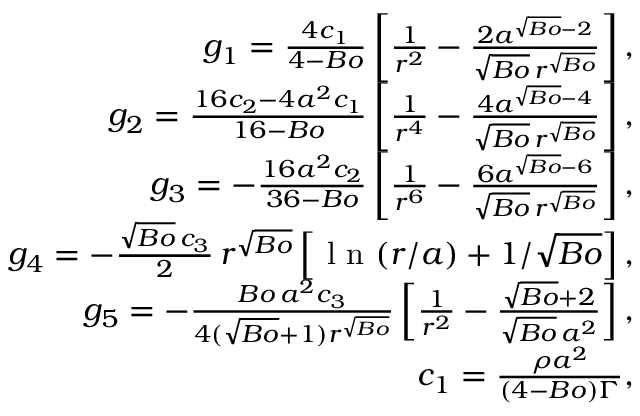
\begin{array} { r } { g _ { 1 } = \frac { 4 c _ { 1 } } { 4 - B o } \left[ \frac { 1 } { r ^ { 2 } } - \frac { 2 a ^ { \sqrt { B o } - 2 } } { \sqrt { B o } \, r ^ { \sqrt { B o } } } \right] , } \\ { g _ { 2 } = \frac { 1 6 c _ { 2 } - 4 a ^ { 2 } c _ { 1 } } { 1 6 - B o } \left[ \frac { 1 } { r ^ { 4 } } - \frac { 4 a ^ { \sqrt { B o } - 4 } } { \sqrt { B o } \, r ^ { \sqrt { B o } } } \right] , } \\ { g _ { 3 } = - \frac { 1 6 a ^ { 2 } c _ { 2 } } { 3 6 - B o } \left[ \frac { 1 } { r ^ { 6 } } - \frac { 6 a ^ { \sqrt { B o } - 6 } } { \sqrt { B o } \, r ^ { \sqrt { B o } } } \right] , } \\ { g _ { 4 } = - \frac { \sqrt { B o } \, c _ { 3 } } { 2 } \, r ^ { \sqrt { B o } } \left[ \textrm { l n } ( r / a ) + 1 / \sqrt { B o } \right] , } \\ { g _ { 5 } = - \frac { B o \, a ^ { 2 } c _ { 3 } } { 4 ( \sqrt { B o } + 1 ) r ^ { \sqrt { B o } } } \left[ \frac { 1 } { r ^ { 2 } } - \frac { \sqrt { B o } + 2 } { \sqrt { B o } \, a ^ { 2 } } \right] , } \\ { c _ { 1 } = \frac { \rho { a } ^ { 2 } } { ( 4 - B o ) \Gamma } , } \end{array}